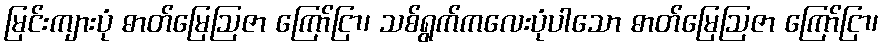
မြင်းကျားပုံ ဓာတ်မြေဩဇာ ကြော်ငြာ၊ သစ်ရွက်ကလေးပုံပါသော ဓာတ်မြေဩဇာ ကြော်ငြာ၊